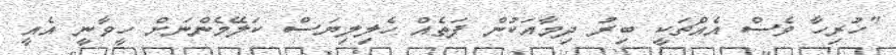
"ހުރިހާ ވެސް އެއްޗަކީ ބިރު ދިމާއަކުން ފަތެއް ހެލިލިޔަސް ކަލޭމެންނަށް ހީވާނީ އެއީ